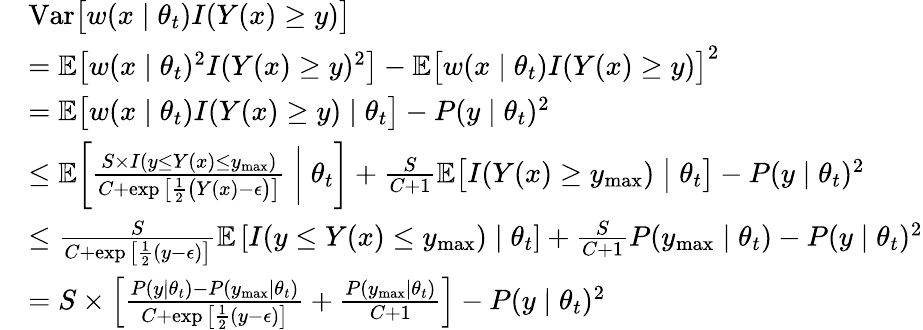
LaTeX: \begin{array}{rl}&{\mathrm{\mathop{Var}}\big[w(x\mid\theta_{t})I(Y(x)\ge y)\big]}\\ &{=\mathbb{E}\big[w(x\mid\theta_{t})^{2}I(Y(x)\ge y)^{2}\big]-\mathbb{E}\big[w(x\mid\theta_{t})I(Y(x)\ge y)\big]^{2}}\\ &{=\mathbb{E}\big[w(x\mid\theta_{t})I(Y(x)\ge y)\mid\theta_{t}\big]-P(y\mid\theta_{t})^{2}}\\ &{\le\mathbb{E}\biggl[\frac{S\times I(y\le Y(x)\le y_{\mathrm{max}})}{C+\exp\big[\frac{1}{2}\big(Y(x)-\epsilon\big)\big]}\biggm|\theta_{t}\biggr]+\frac{S}{C+1}\mathbb{E}\bigl[I(Y(x)\ge y_{\mathrm{max}})\bigm|\theta_{t}\bigr]-P(y\mid\theta_{t})^{2}}\\ &{\le\frac{S}{C+\exp\big[\frac{1}{2}(y-\epsilon)\big]}\mathbb{E}\left[I(y\le Y(x)\le y_{\mathrm{max}})\mid\theta_{t}\right]+\frac{S}{C+1}P(y_{\mathrm{max}}\mid\theta_{t})-P(y\mid\theta_{t})^{2}}\\ &{=S\times\left[\frac{P(y\mid\theta_{t})-P(y_{\mathrm{max}}\mid\theta_{t})}{C+\exp\big[\frac{1}{2}(y-\epsilon)\big]}+\frac{P(y_{\mathrm{max}}\mid\theta_{t})}{C+1}\right]-P(y\mid\theta_{t})^{2}}\end{array}